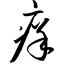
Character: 痒